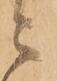
ニ